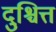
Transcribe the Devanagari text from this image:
दुश्चित्त